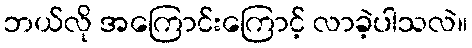
ဘယ်လို အကြောင်းကြောင့် လာခဲ့ပါသလဲ။